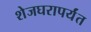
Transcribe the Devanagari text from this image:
शेजघरापर्यंत